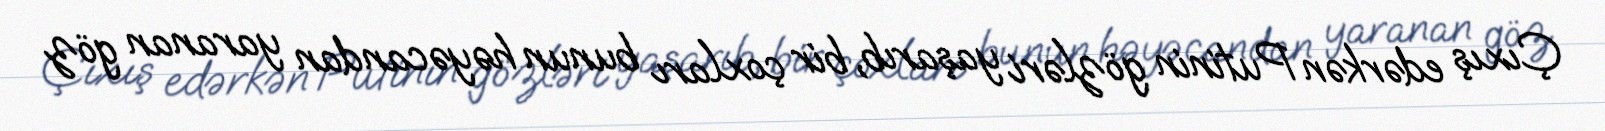
Çıxış edərkən Putinin gözləri yaşarıb, bir çoxları bunun həyəcandan yaranan göz